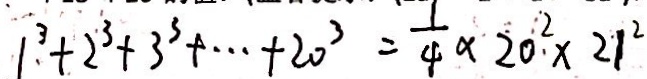
1 ^ { 3 } + 2 ^ { 3 } + 3 ^ { 3 } + \cdots + 2 0 ^ { 3 } = \frac { 1 } { 4 } \times \dot { 2 } 0 ^ { 2 } \times 2 1 ^ { 2 }